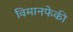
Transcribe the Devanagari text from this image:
विमानफेकी